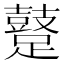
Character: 𨆊